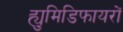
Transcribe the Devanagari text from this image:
ह्युमिडिफायरों